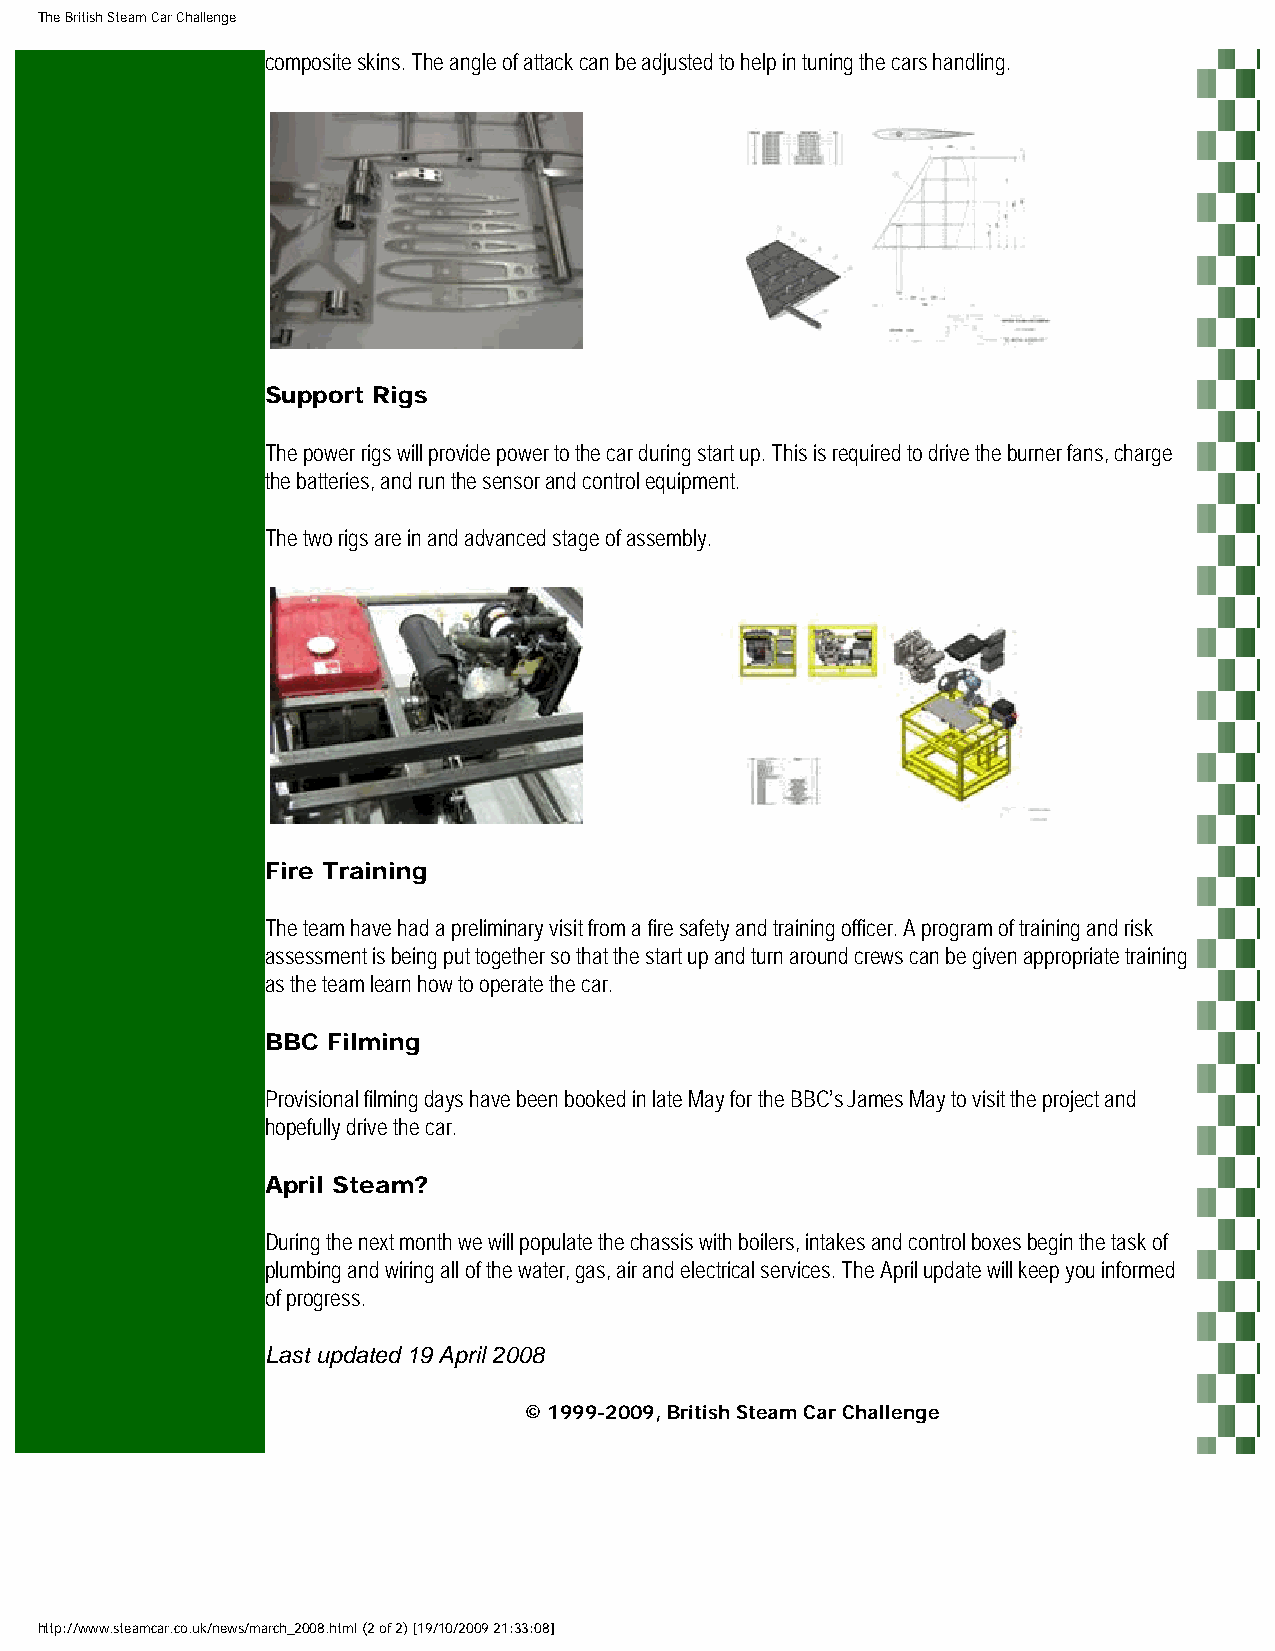
The British Steam Car Challenge
 composite skins. The angle of attack can be adjusted to help in tuning the cars handling.
 Support Rigs
 The power rigs will provide power to the car during start up. This is required to drive the burner fans, charge
 the batteries, and run the sensor and control equipment.
 The two rigs are in and advanced stage of assembly.
 Fire Training
 The team have had a preliminary visit from a fire safety and training officer. A program of training and risk
 assessment is being put together so that the start up and turn around crews can be given appropriate training
 as the team learn how to operate the car.
 BBC Filming
 Provisional filming days have been booked in late May for the BBC’s James May to visit the project and
 hopefully drive the car.
 April Steam?
 During the next month we will populate the chassis with boilers, intakes and control boxes begin the task of
 plumbing and wiring all of the water, gas, air and electrical services. The April update will keep you informed
 of progress.
 Last updated 19 April 2008
 © 1999-2009, British Steam Car Challenge
 http://www.steamcar.co.uk/news/march_2008.html (2 of 2) [19/10/2009 21:33:08]